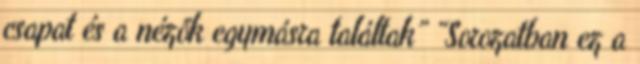
csapat és a nézők egymásra találtak” “Sorozatban ez a